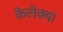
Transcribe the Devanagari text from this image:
केलेक्या